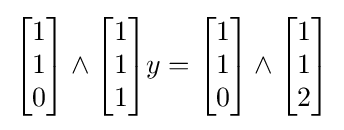
{\begin{bmatrix}1\\1\\0\end{bmatrix}}\wedge {\begin{bmatrix}1\\1\\1\end{bmatrix}}y={\begin{bmatrix}1\\1\\0\end{bmatrix}}\wedge {\begin{bmatrix}1\\1\\2\end{bmatrix}}